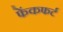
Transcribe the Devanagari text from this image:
फेंकफर्ट